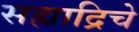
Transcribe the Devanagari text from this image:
सह्याद्रिचे